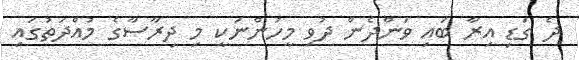
ދެ ގަޑި އިރާ ބައި ވަންދެން ދުވި މީހުންނަކީ މި ދިރާސާގެ މުއްދަތުގައި